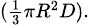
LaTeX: \scriptstyle({\frac{1}{3}}\pi R^{2}D).